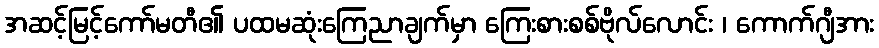
အဆင့်မြင့်ကော်မတီ၏ ပထမဆုံးကြေညာချက်မှာ ကြေးစားစစ်ဗိုလ်လောင်း ၊ ကောက်ဂျီအား